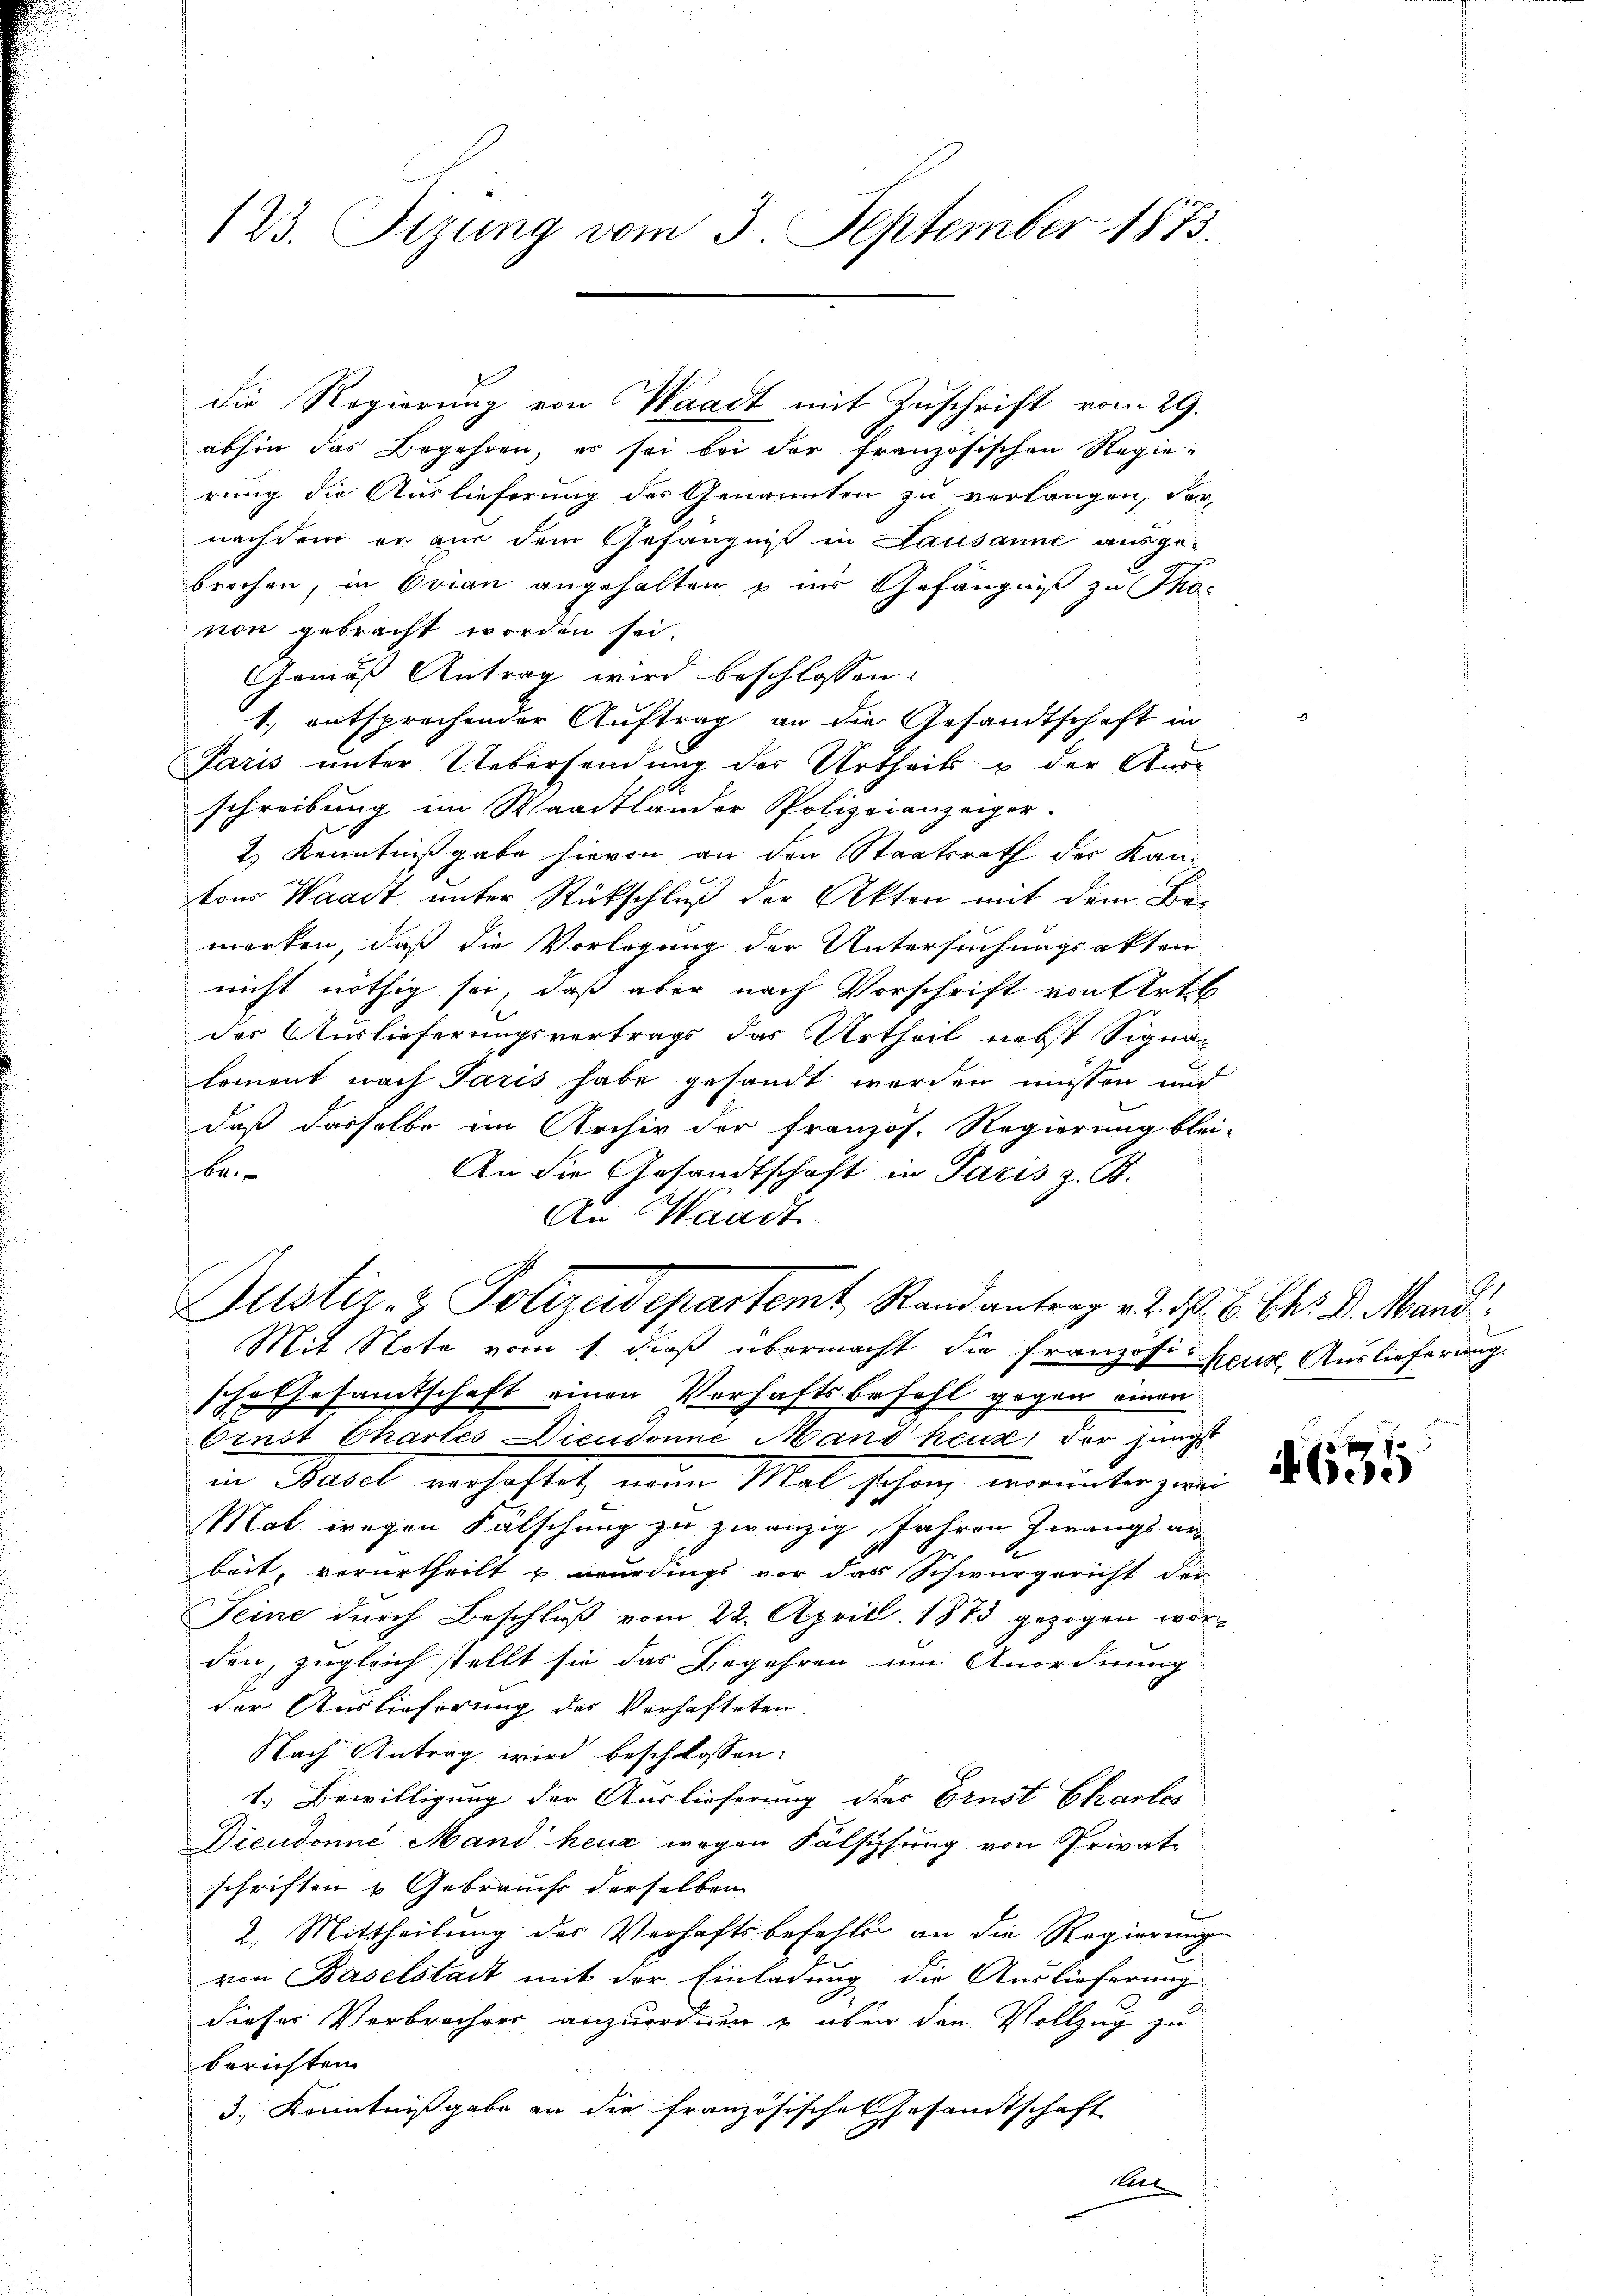
123. Sizung vom 3. September 1873.

abhin das Begehren, es sei bei der französischen Regierung die Auslieferung der Genannten zu verlangen, der
nachdem er aus dem Gefängniß in Lausanne ausge-
brochen, in Ovian angehalten u im Gefängniß zu Thonon gebracht worden sei.
Gemäß Antrag wird beschlossen:
1., entsprochender Auftrag an die Gesandtschaft in
Paris unter Uebersendung der Urtheils & der Ausschreibung im Waadtlander Polizeianzeiger.
2) Kenntnißgabe hievon an den Staatsrath der Kantons Waadt unter Rückschluß der Akten mit dem Bemerken, daß die Vorlegung der Untersuchungsakten
nicht nöthig sei, daß aber nach Vorschrift von Art
des Auslieferungsvertrags das Urtheil nebst Signalemont nach Paris habe gesandt werden müssen und
daß dasselbe im Archiv der französ. Regierung blei-
be
An die Arsandtschaft in Paris z. B.
An Waadt
Justiz- & Polizeidepartemt Randantrag v. d. d. B. Chr. d. Mand
Mit Nota vom 1. dieß übermacht die Franzosieur, Auslieferung.
sche Gesamtschaft einen Verhaftsbefehl gegen einen
Ernst Chartes Dicudonné Mand heus, der jungs
in Hasel verhaftet nun Mal schon, worunterzuri
Mal wegen Fälschung zu zwanzig Jahren Zwangsan
bört, verurtheilt u wurdings vor das Schwurgericht der
Seine durch Beschluß vom 22. April 1873 gezogen worden, zugleich stellt sie das Begehren um Anordnung
der Auslieferung des Verhafteten.
Nach Antrag wird beschlossen:
1.) Bewilligung der Auslieferung des Brust Chartes
Dieudonić Mand heur wegen Fälschung von Privatschriften u Gebrauch derselben
e
2. Mittheilung des Verhaftsbefehle an die Regierung
von Baselstadt mit der Einladung die Auslieferung
dieser Verbrechens anzuordnen & über den Vollzug zu
berichten
3.) Kenntnißgabe an die französischen Gesamtschaft
Cel

die Regierung von Waadt mit Zuschrift vom 29.

635